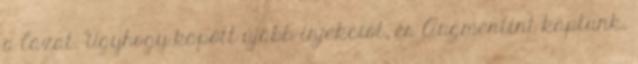
a lázat. Úgyhogy kapott újabb injekciót, és Augmentint kaptunk,